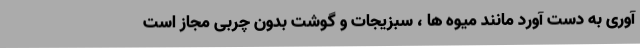
آوری به دست آورد مانند میوه ها ، سبزیجات و گوشت بدون چربی مجاز است